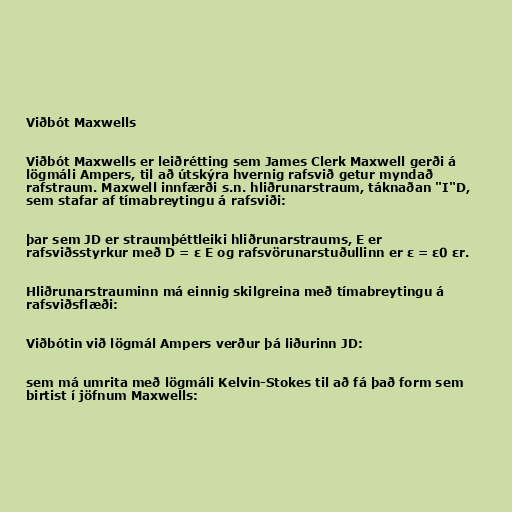
Viðbót Maxwells

Viðbót Maxwells er leiðrétting sem James Clerk Maxwell gerði á
lögmáli Ampers, til að útskýra hvernig rafsvið getur myndað
rafstraum. Maxwell innfærði s.n. hliðrunarstraum, táknaðan "I"D,
sem stafar af tímabreytingu á rafsviði:

þar sem JD er straumþéttleiki hliðrunarstraums, E er
rafsviðsstyrkur með D = ε E og rafsvörunarstuðullinn er ε = ε0 εr.

Hliðrunarstrauminn má einnig skilgreina með tímabreytingu á
rafsviðsflæði:

Viðbótin við lögmál Ampers verður þá liðurinn JD:

sem má umrita með lögmáli Kelvin-Stokes til að fá það form sem
birtist í jöfnum Maxwells: